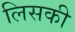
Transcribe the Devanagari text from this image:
लिसकी